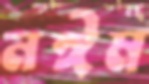
নঈম